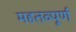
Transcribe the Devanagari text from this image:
महतव्पूर्ण